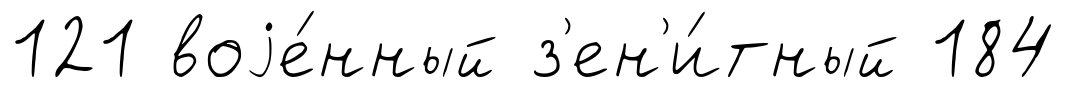
121 воjе́нный з'ен'и́тный 184